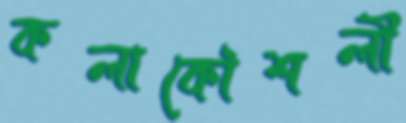
কলাকৌশলী